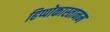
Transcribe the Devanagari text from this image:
हिप्पोकास्तानम